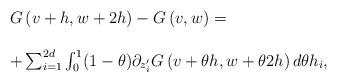
LaTeX: \begin{align*}\begin{array}{ll}G\left(v+h,w+2h\right)-G\left(v,w \right)=\\\\+\sum_{i=1}^{2d}\int_0^1(1-\theta)\partial_{z'_i}G\left( v+\theta h,w+\theta 2h\right)d\theta h_i,\end{array}\end{align*}